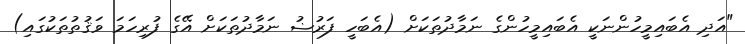
"އަދި އެބައިމީހުންނަކީ އެބައިމީހުންގެ ނަމާދުތަކަށް (އެބަހީ ފަރުޟު ނަމާދުތަކަށް އޭގެ ފުރިހަމަ ވަޤުތުތަކުގައި)